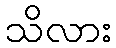
သိလား